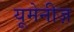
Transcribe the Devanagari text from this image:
यूमेनीज़